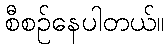
စီစဉ်နေပါတယ်။